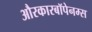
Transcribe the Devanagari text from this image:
औरकारबॉपेनम्स